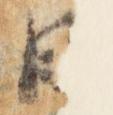
日